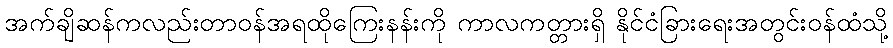
အက်ချိဆန်ကလည်းတာဝန်အရထိုကြေးနန်းကို ကာလကတ္တားရှိ နိုင်ငံခြားရေးအတွင်းဝန်ထံသို့